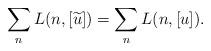
LaTeX: \begin{align*}\sum_nL(n,[\widetilde{u}])=\sum_nL(n,[u]).\end{align*}